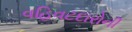
વહિવટદારોની